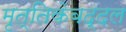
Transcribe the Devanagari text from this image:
मृत्तिकेबद्दल